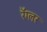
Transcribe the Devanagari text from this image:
रॅग्लर